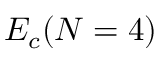
E _ { c } ( N = 4 )